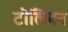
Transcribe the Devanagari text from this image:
टोलिबन